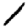
Digit: 1